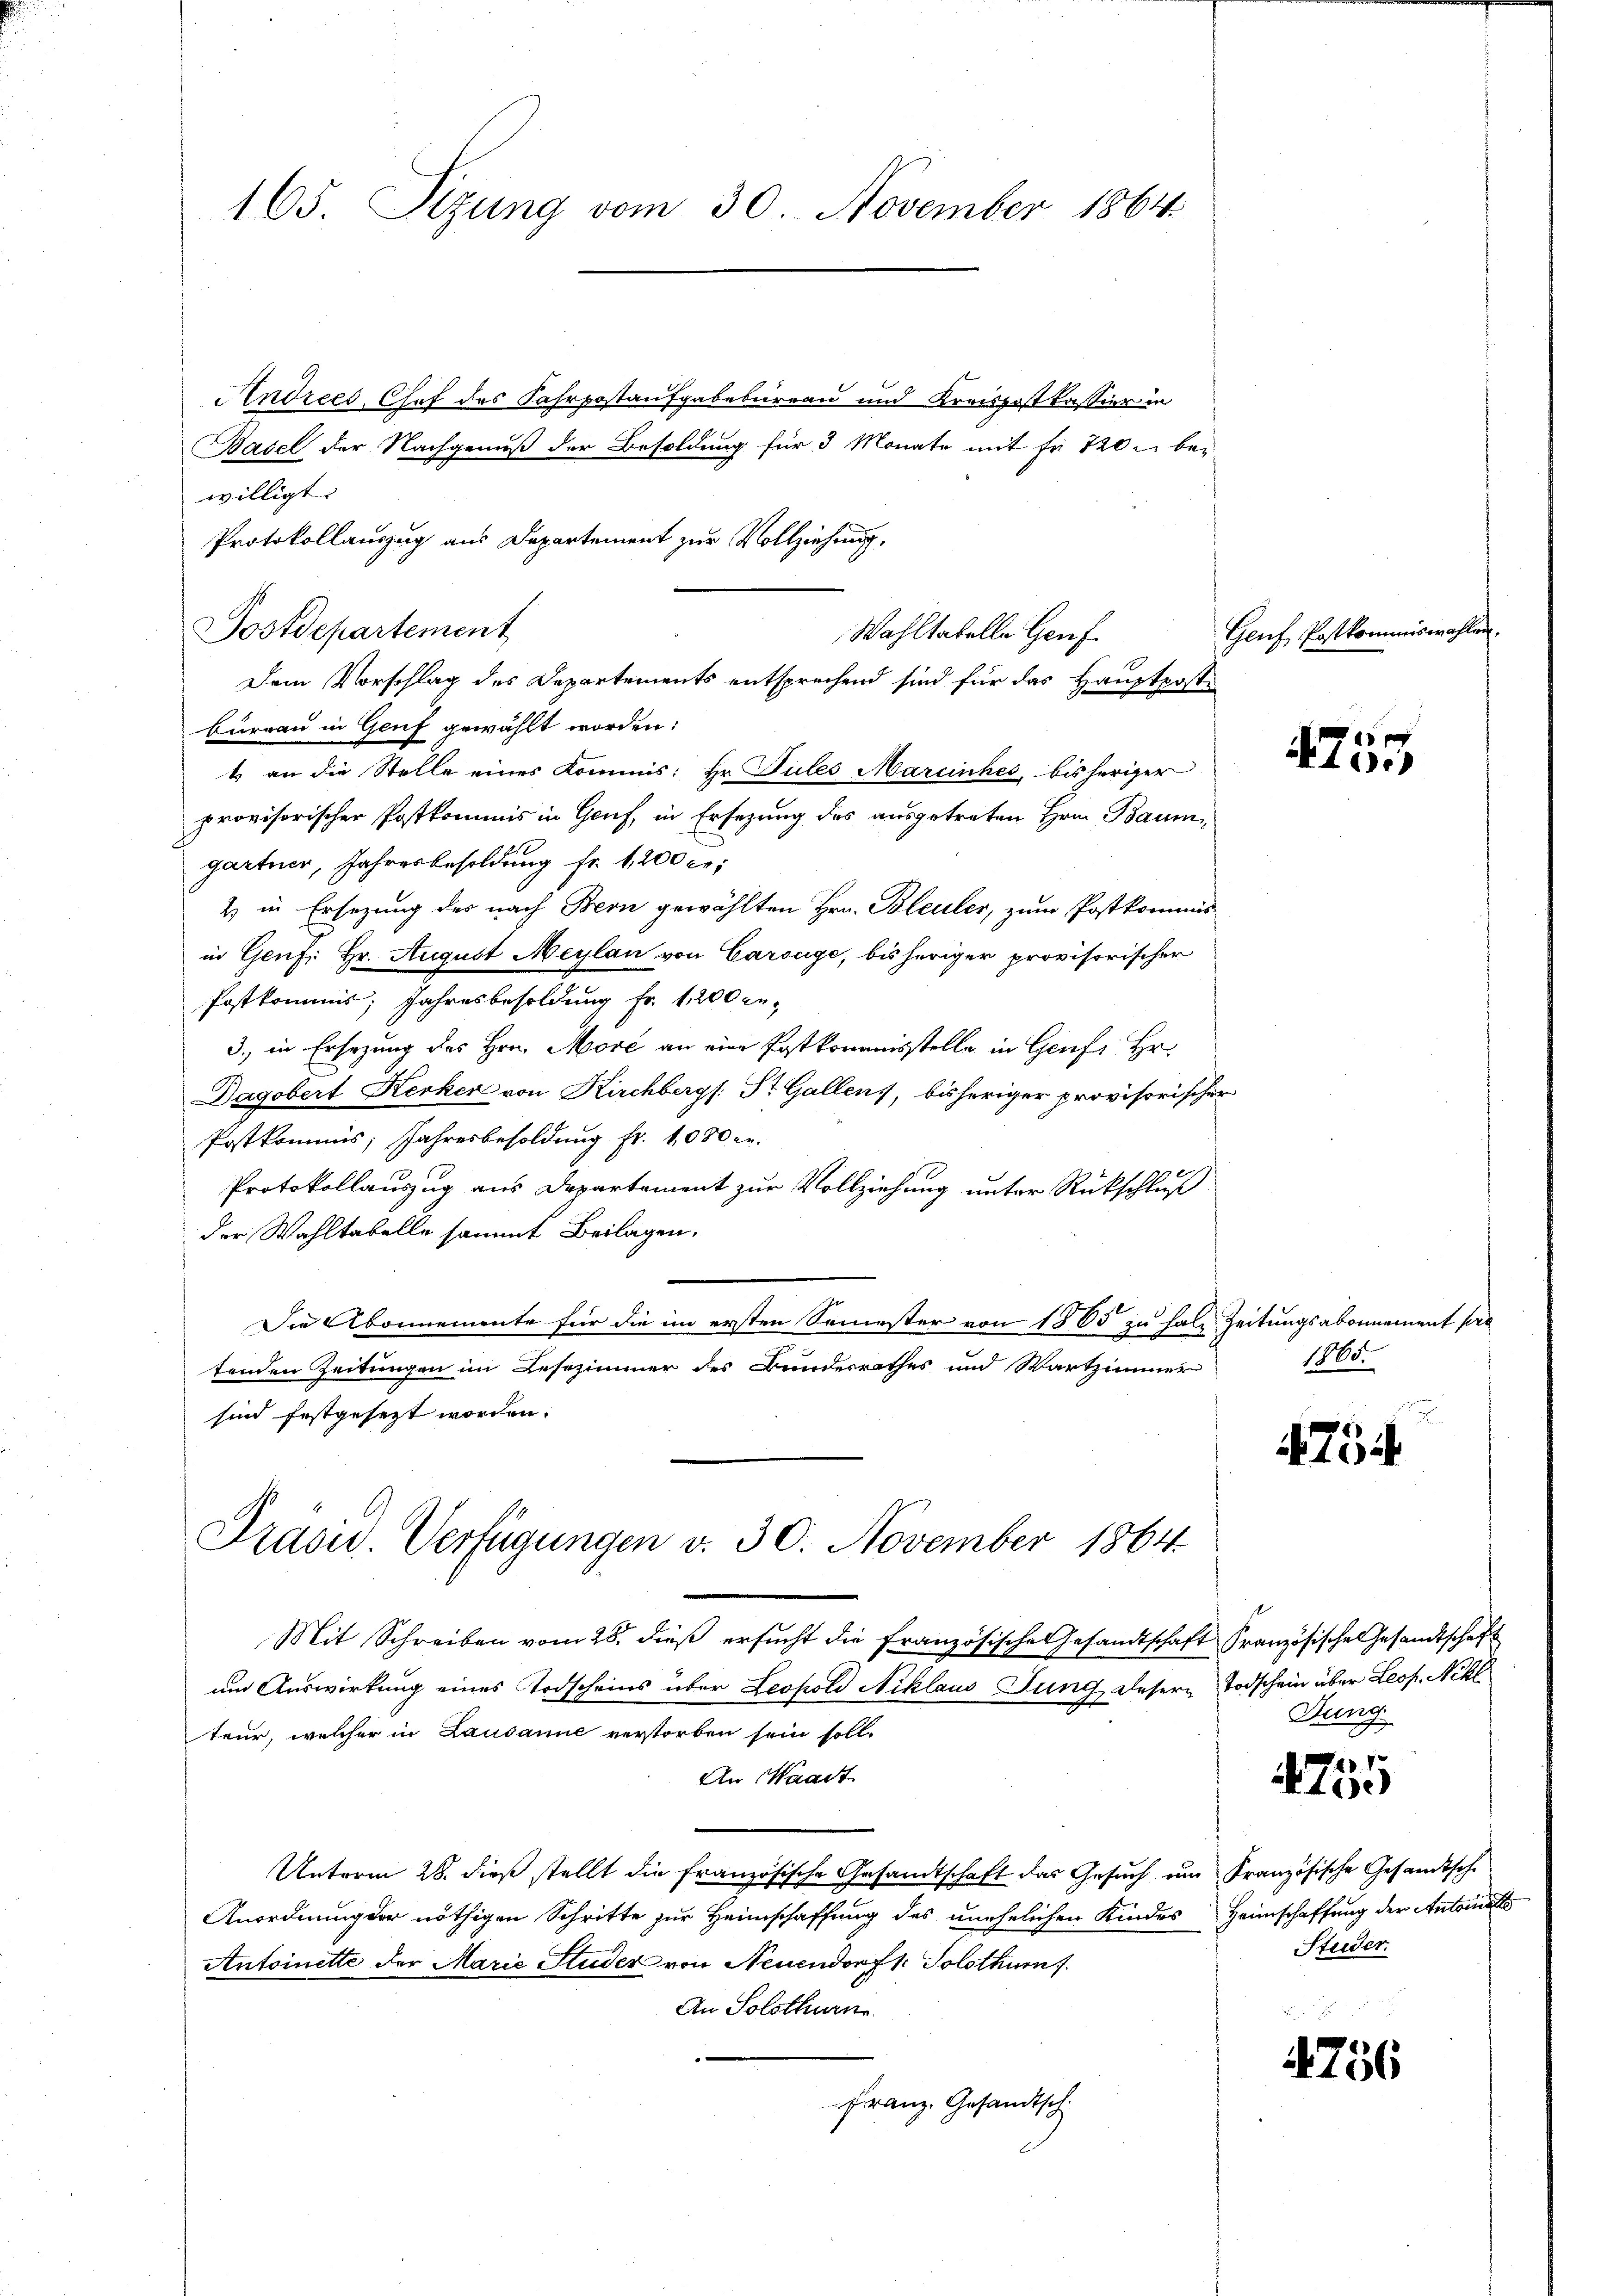
165. Sitzung vom 30. November 1864

Andrees Chef des Fahrpostaufgabebureau und Kreispostkassier in
Basel der Nachgenuß der Besoldung für 3 Monate mit fr. 720 - bei
willigt.
Protokollauszug aus Departement zur Vollziehung,
Postdepartement
Dem Vorschlag des Departements entsprechend sind für das Hauptposti
bureau in Genf gewählt worden:
t an die Stelle eines Kommis: Hr. Pules Marcinhes, bisheriger
provisorischer Postkommis in Genf, in Ersezung des ausgetreten Hrn. Baumgartner, Jahresbesoldung fr. 1200 c.
2 in Ersezung des nach Bern gewählten Hrn. Bleuler, zum Postkommisin Genf. Hr. August Meylan von Carouge, bis heriger provisorischer
Postkommis, Jahresbesoldung Fr. 1200 re-
d., in Ersezung des Hrn. More an eine Postkommisstelle in Genf Hr.
Dagobert Kerker von Kirchbergs: St. Gallens, bisheriger provisorischer
Postkommis, Jahresbesoldung fr. 1000 er
Protokollauszug aus Departement zur Vollziehung unter Rückschluß
der Wahltabelle sammt Beilagen,
Die Abonnemente für die im ersten Semester von 1500 zu hale Zeitungsabonnement pro
tenden Zeitungen im Lesezimmer des Bundesrathes und Wartzimmer
sind festgesezt worden.
Präsid. Verfügungen v. 30. November 1864
Mit Schreiben vom 28. dieß ersucht die Französische Gesandtschaft Französisches Gesandtschaft
um Auswirkung eines Todscheins über Leopold Niklaus Jung deser Todschein über Leop. Nikl
teur, welcher in Lausanne verstorben sein soll.
An Waadt
Unterm 28. dieß stellt die französische Gesandtschaft das Gesuch um Französische Gesandtsche
Anordnung der nöthigen Schritte zur Heimschaffung des unehelichen Kindes Heimschaffung der Antoinetts
Antoinette der Marie Studer von Neuendorf 1. Solothurn
An Solothurn
Franz, Gesandtsch

Wahltatelle Genf.

Geuf Postkommiswahl

4
4o.

1800.

4754

Jung

4755

Studer

4756